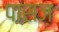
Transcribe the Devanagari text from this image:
पासज़